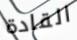
القادة